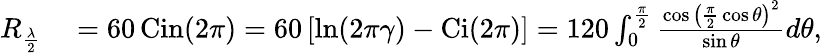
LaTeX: {\begin{array}{rl}{R_{\frac{\lambda}{2}}}&{{}=60\operatorname{Cin}(2\pi)=60\left[\ln(2\pi\gamma)-\operatorname{Ci}(2\pi)\right]=120\int_{0}^{\frac{\pi}{2}}{\frac{\cos\left({\frac{\pi}{2}}\cos\theta\right)^{2}}{\sin\theta}}d\theta,}\end{array}}\,